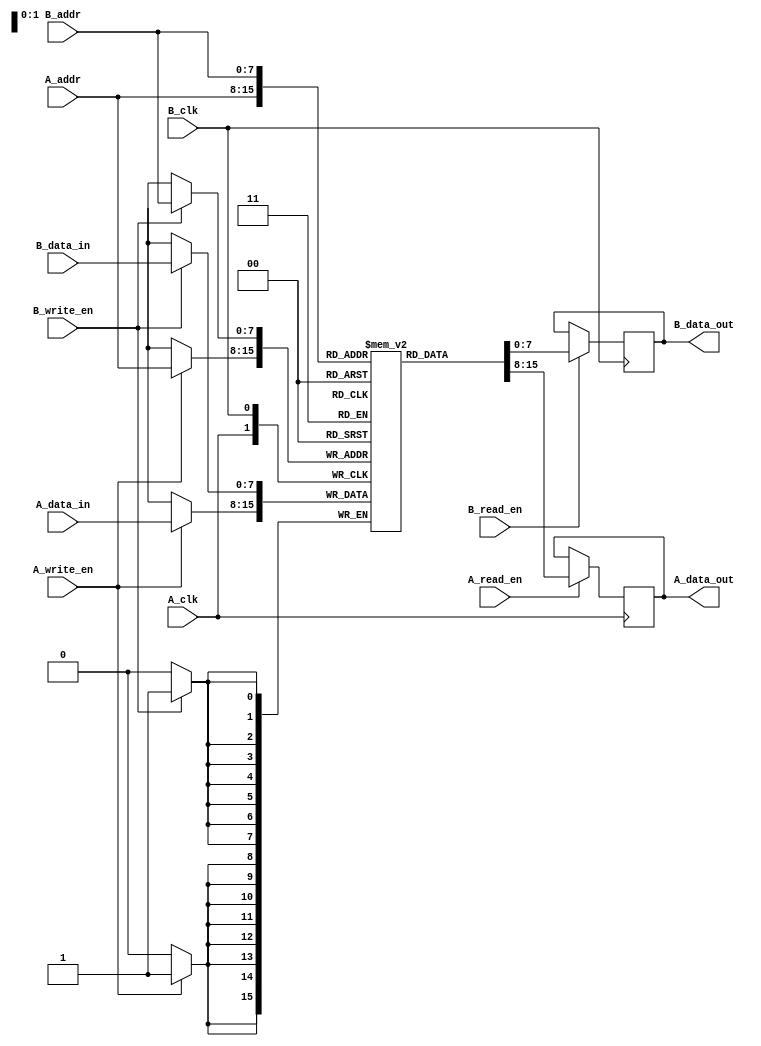
module dual_port_ram #(
    parameter DATA_WIDTH = 8,         // Width of data in bits
    parameter ADDR_WIDTH = 8          // Address width (number of addressable locations)
) (
    // Port A
    input wire [ADDR_WIDTH-1:0] A_addr,
    input wire [DATA_WIDTH-1:0] A_data_in,
    output reg [DATA_WIDTH-1:0] A_data_out,
    input wire A_read_en,
    input wire A_write_en,
    input wire A_clk,

    // Port B
    input wire [ADDR_WIDTH-1:0] B_addr,
    input wire [DATA_WIDTH-1:0] B_data_in,
    output reg [DATA_WIDTH-1:0] B_data_out,
    input wire B_read_en,
    input wire B_write_en,
    input wire B_clk
);

    // Memory array
    reg [DATA_WIDTH-1:0] ram [(2**ADDR_WIDTH)-1:0];

    // Port A operations
    always @(posedge A_clk) begin
        // Read operation for Port A
        if (A_read_en) begin
            A_data_out <= ram[A_addr];
        end
        // Write operation for Port A
        if (A_write_en) begin
            ram[A_addr] <= A_data_in;
        end
    end

    // Port B operations
    always @(posedge B_clk) begin
        // Read operation for Port B
        if (B_read_en) begin
            B_data_out <= ram[B_addr];
        end
        // Write operation for Port B
        if (B_write_en) begin
            ram[B_addr] <= B_data_in;
        end
    end

endmodule